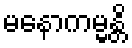
မနောကမ္မန္တိ